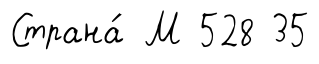
Страна́ М 528 35